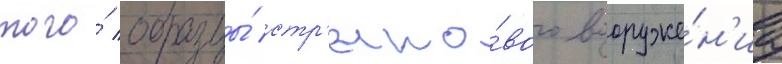
того́ образцы́ стр'елко́вого вооруже́н'иа